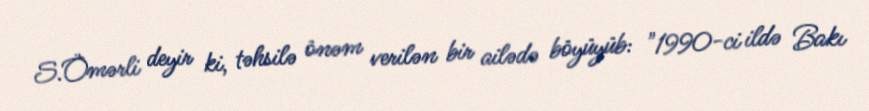
S.Ömərli deyir ki, təhsilə önəm verilən bir ailədə böyüyüb: "1990-ci ildə Bakı